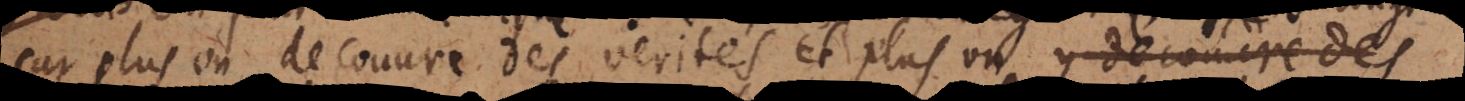
car plus on decouvre des verités et plus on est en